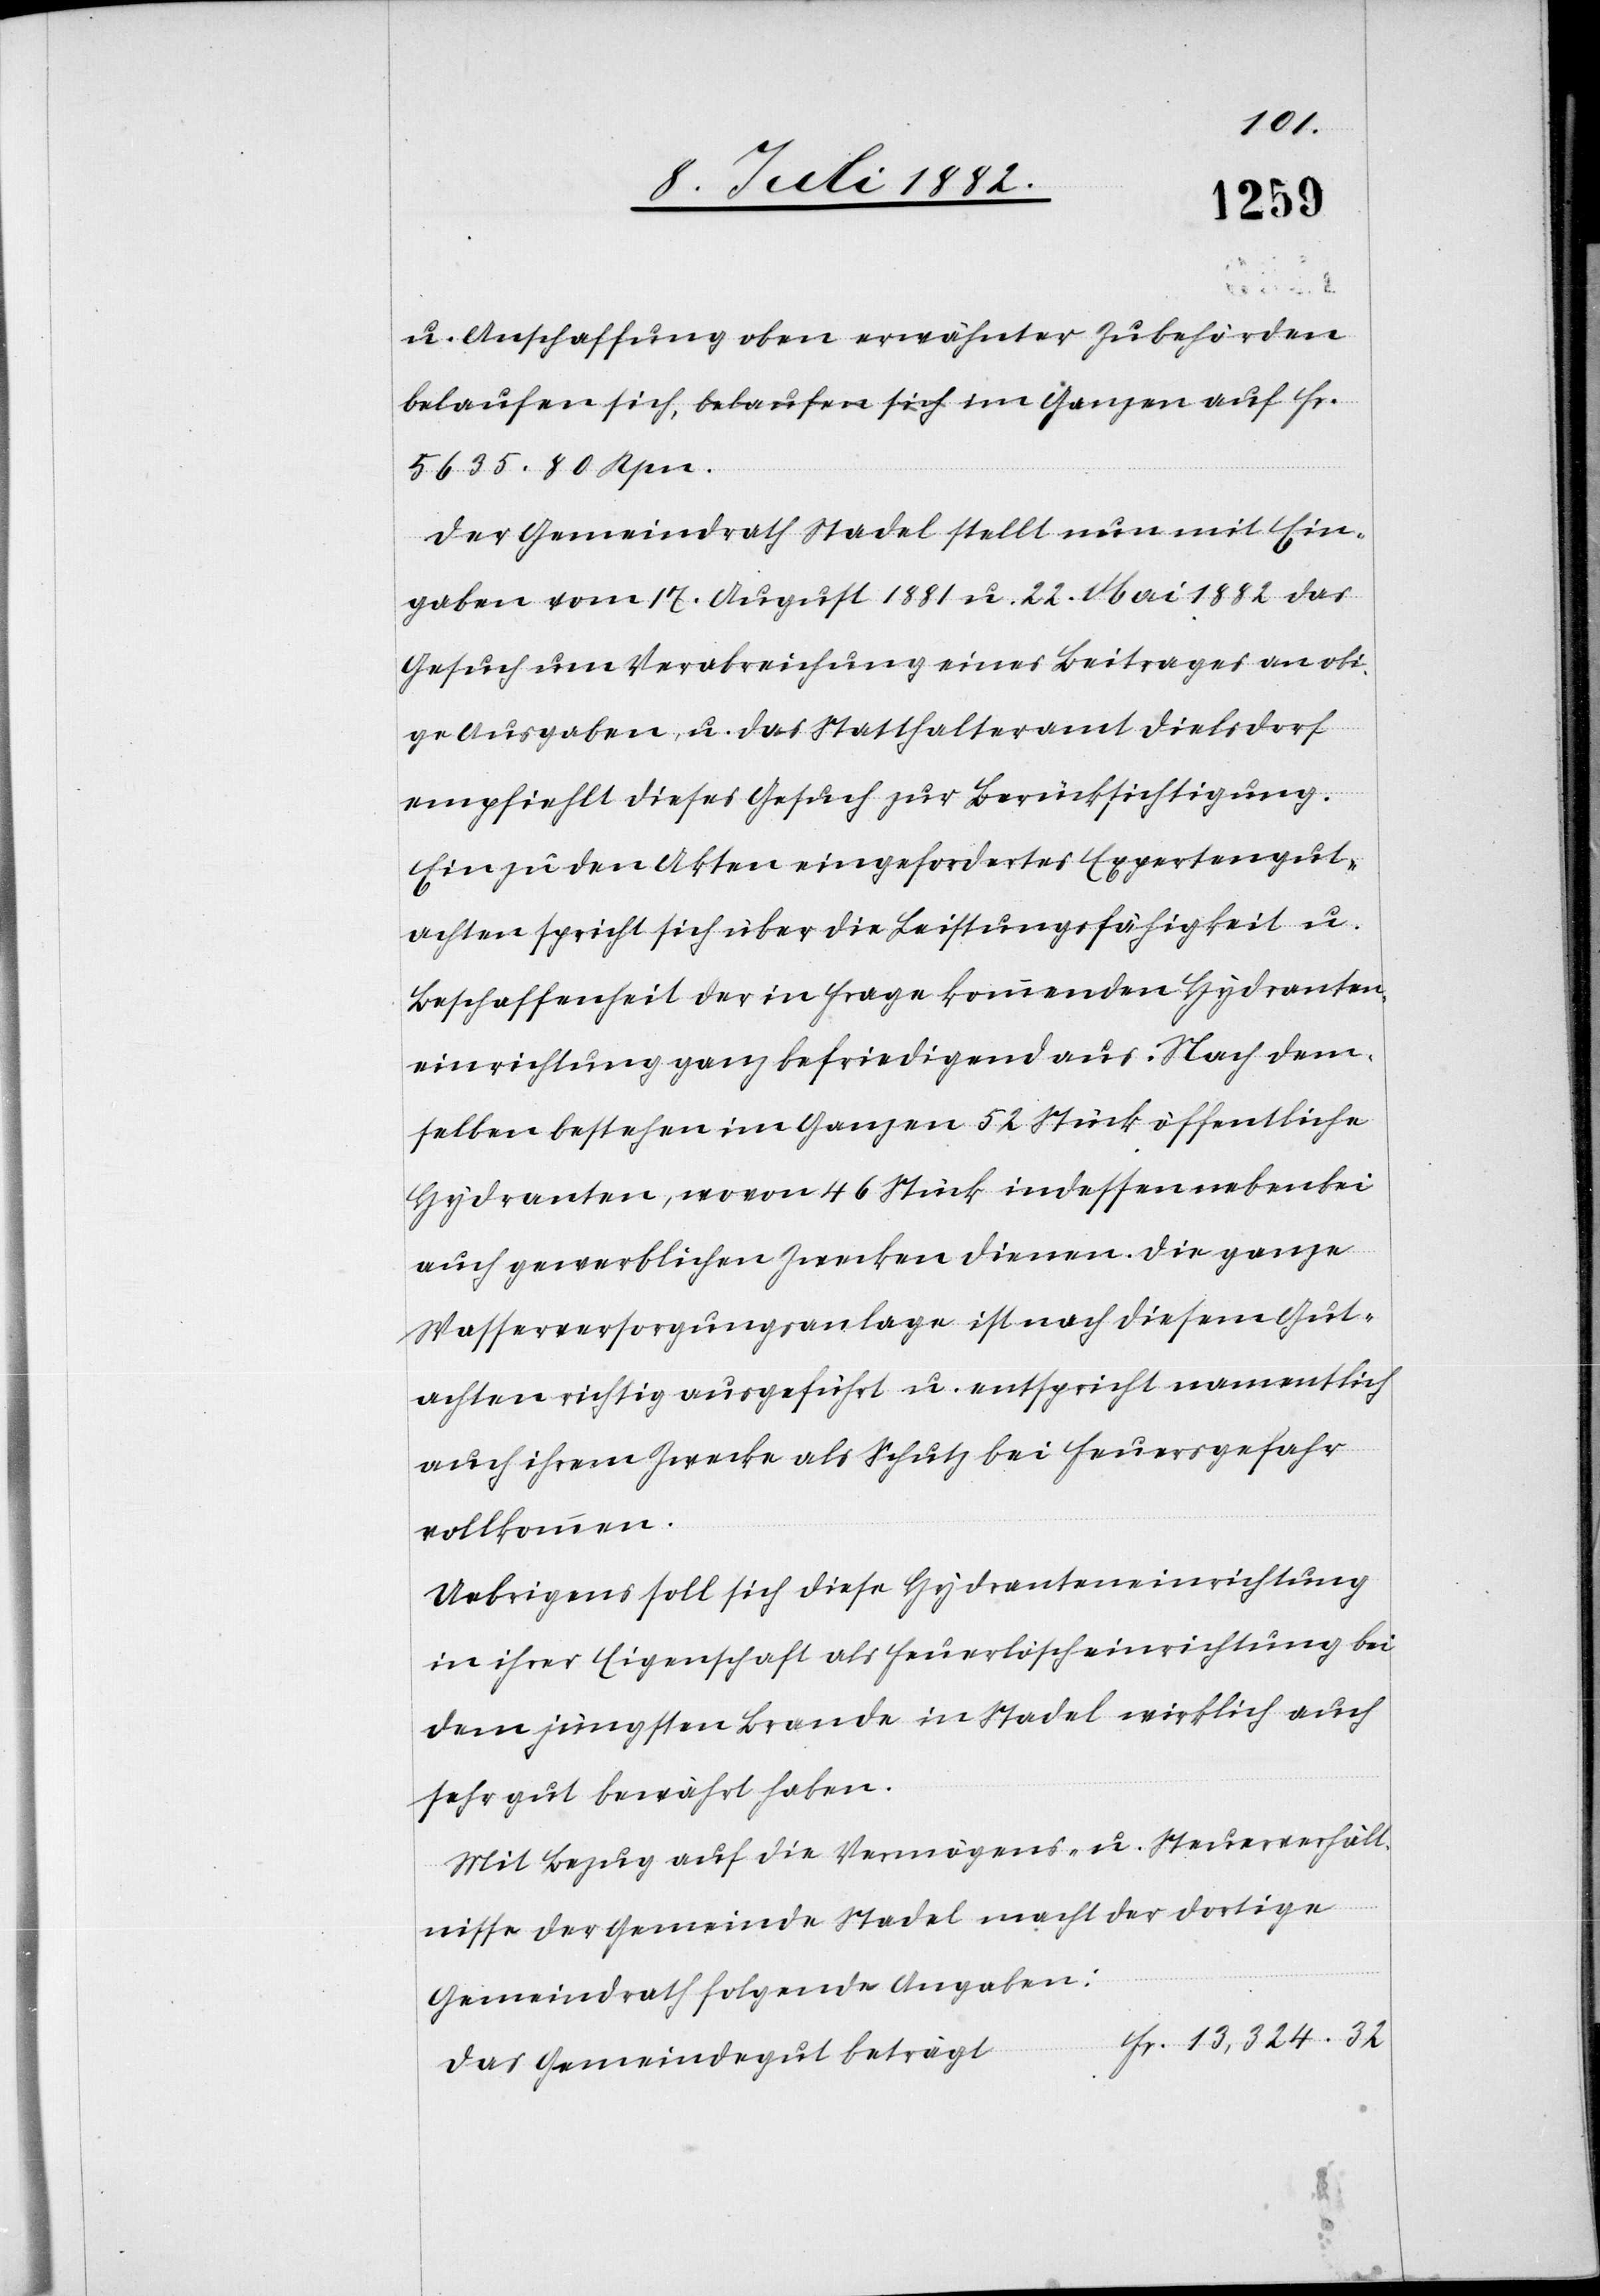
u. Anschaffung oben erwähnter Zubehörden
5635. 80 Rpn.
Der Gemeindrath Stadel stellt nun mit Ein¬
gaben vom 17. August 1881 u. 22. Mai 1882 das
Gesuch um Verabreichung eines Beitrages an obi¬
ge Ausgaben, u. das Statthalteramt Dielsdorf
empfiehlt dieses Gesuch zur Berücksichtigung.
Ein zu den Akten eingefordertes Expertengut¬
achten spricht sich über die Leistungsfähigkeit u.
Beschaffenheit der in Frage kommenden Hydranten¬
einrichtung ganz befriedigend aus. Nach dem¬
selben bestehen im Ganzen 52 Stück öffentliche
Hydranten, wovon 46 Stück indessen nebenbei
auch gewerblichen Zwecken dienen. Die ganze
Wasserversorgungsanlage ist nach diesem Gut¬
achten ausgeführt u. entspricht namentlich
auch ihrem Zwecke als Schutz bei Feuersgefahr
vollkommen.
Uebrigens soll sich diese Hydranteneinrichtung
in ihrer Eigenschaft als Feuerlöscheinrichtung bei
dem jüngsten Brande in Stadel wirklich auch
sehr gut bewährt haben.
Mit Bezug auf die Vermögens- u. Steuerverhält¬
nisse der Gemeinde Stadel macht der dortige
Gemeindrath folgende Angaben:
Fr. 13,324.32
Das Gemeindegut beträgt